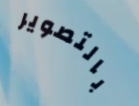
بالتصوير